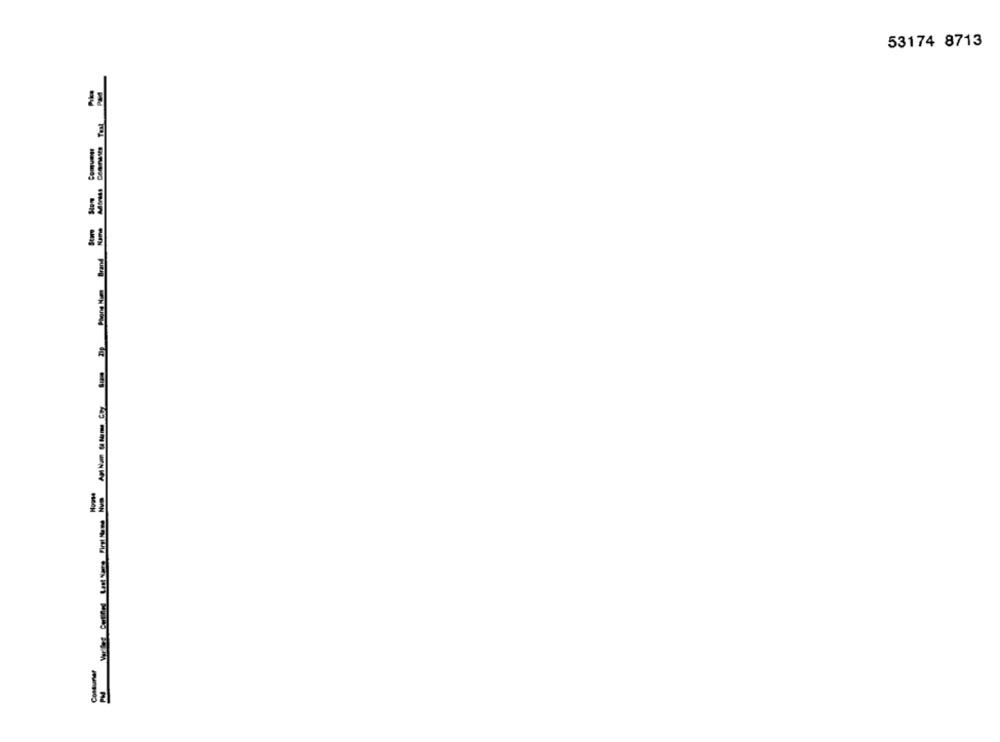
53174 8713
E
Phone Nom Bran
Cosaurter